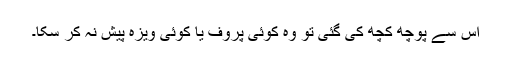
اس سے پوچھ کچھ کی گئی تو وہ کوئی پروف یا کوئی ویزہ پیش نہ کر سکا۔